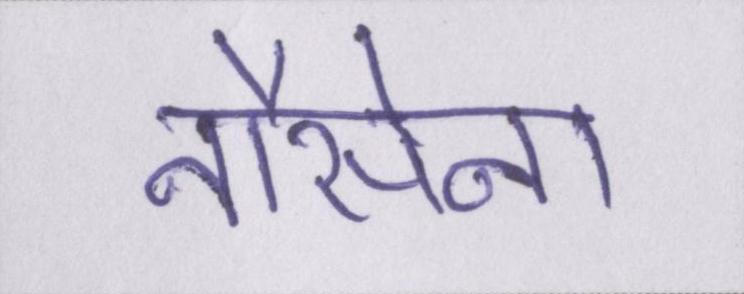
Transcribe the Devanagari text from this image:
नौसेना